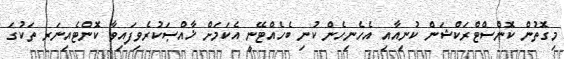
މިގޮތުން ކޮންސްޓްރަކްޝަން ކުނިއާއި އެހެނިހެން ކުނި ބެހެއްޓޭނީ އެކަމަށް ޚާއްޞަކުރެވިފައިވާ ކޮންޓެއިނަރ ތަކުގަ